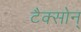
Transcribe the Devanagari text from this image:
टैक्सोन्